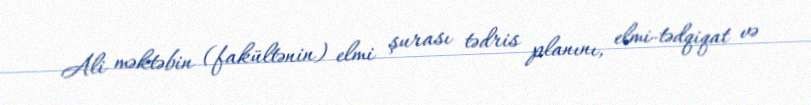
Ali məktəbin (fakültənin) elmi şurası tədris planını, elmi-tədqiqat və